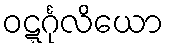
ဝဋ္ဋင်္ဂုလိယော